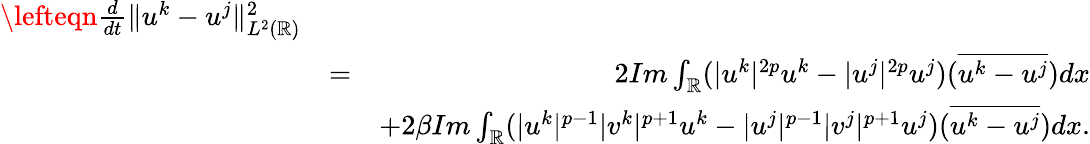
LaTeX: \begin{array}{rlr}{\lefteqn{\frac{d}{dt}\| u^{k}-u^{j}\| _{L^{2}(\mathbb{R})}^{2}}}\\ &{=}&{2Im\int_{\mathbb{R}}(|u^{k}|^{2p}u^{k}-|u^{j}|^{2p}u^{j})(\overline{{u^{k}-u^{j}}})dx}\\ &{}&{+2\beta Im\int_{\mathbb{R}}(|u^{k}|^{p-1}|v^{k}|^{p+1}u^{k}-|u^{j}|^{p-1}|v^{j}|^{p+1}u^{j})(\overline{{u^{k}-u^{j}}})dx.}\end{array}